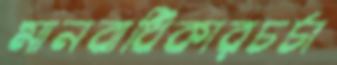
মানবাধিকারচর্চা